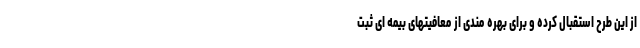
از این طرح استقبال کرده و برای بهره مندی از معافیتهای بیمه ای ثبت